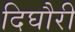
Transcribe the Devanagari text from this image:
दिघौरी